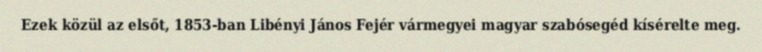
Ezek közül az elsőt, 1853-ban Libényi János Fejér vármegyei magyar szabósegéd kísérelte meg.